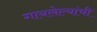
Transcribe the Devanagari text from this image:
गायलेल्यांची